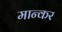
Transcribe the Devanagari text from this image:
मान्कर